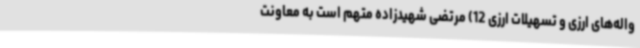
واله‌های ارزی و تسهیلات ارزی 12) مرتضی شهیدزاده متهم است به معاونت